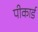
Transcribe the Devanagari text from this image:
पीकार्ड